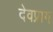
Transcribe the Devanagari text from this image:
देवप्राग